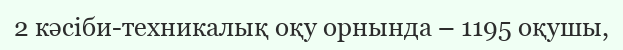
2 кәсіби-техникалық оқу орнында – 1195 оқушы,